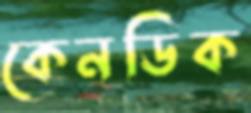
কেনডিক